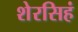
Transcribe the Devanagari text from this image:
शेरसिहं